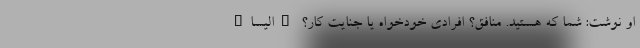
او نوشت: شما که هستید. منافق؟ افرادی خودخواه یا جنایت کار؟ "الیسا"